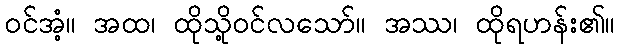
ဝင်အံ့။ အထ၊ ထိုသို့ဝင်လသော်။ အဿ၊ ထိုရဟန်း၏။